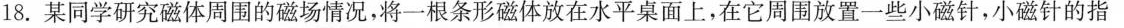
18.某同学研究磁体周围的磁场情况，将一根条形磁体放在水平桌面上，在它周围放置一些小磁针，小磁针的指